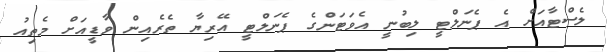
ލެސްޓާއަށް އެ ޕެނަލްޓީ ލިބުނީ އެވަޓަންގެ ޕެނަލްޓީ އޭރިޔާ ތެރެއިން ވާޑީއަށް މެތިއު